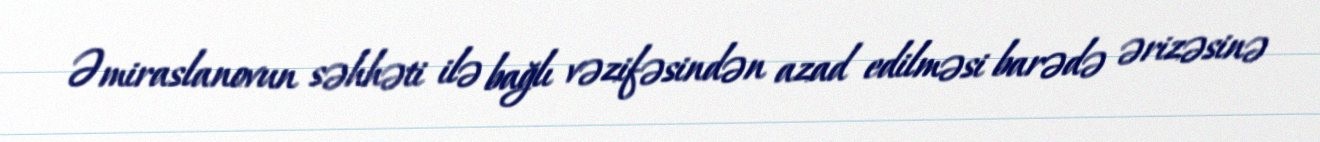
Əmiraslanovun səhhəti ilə bağlı vəzifəsindən azad edilməsi barədə ərizəsinə